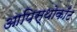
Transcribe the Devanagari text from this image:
आपिस्थोकाँट